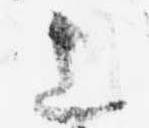
上